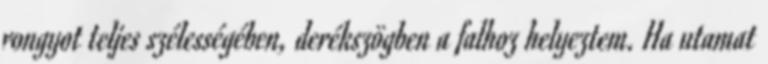
rongyot teljes szélességében, derékszögben a falhoz helyeztem. Ha utamat